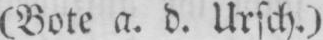
(Bote a. d. Ursch.)